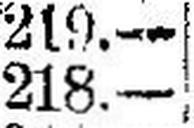
218.—